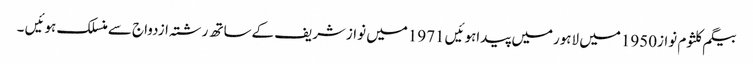
بیگم کلثوم نواز1950میں لاہورمیں پیداہوئیں 1971میں نوازشریف کےساتھ رشتہ ازدواج سےمنسلک ہوئیں ۔